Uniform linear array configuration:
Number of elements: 64
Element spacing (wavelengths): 0.25
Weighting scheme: exponential
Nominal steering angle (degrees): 0
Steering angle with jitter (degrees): -0.1039
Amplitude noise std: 0.05
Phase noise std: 0.05

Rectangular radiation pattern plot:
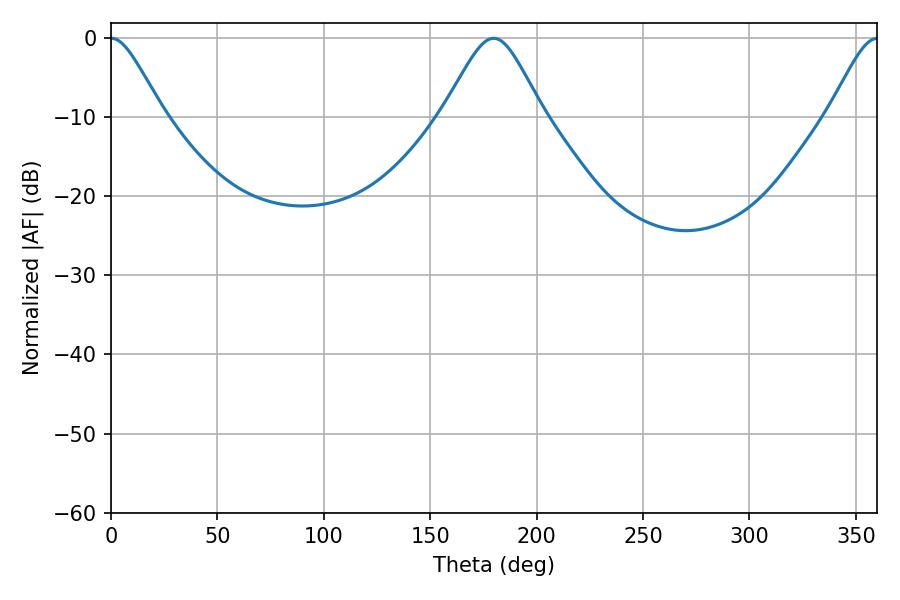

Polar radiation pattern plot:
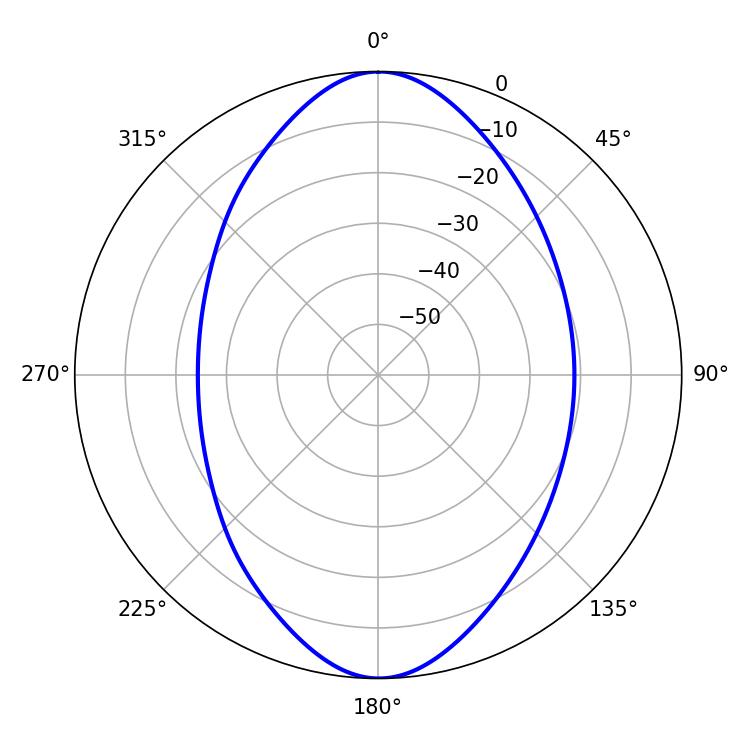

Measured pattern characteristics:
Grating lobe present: FALSE
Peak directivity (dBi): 20.982
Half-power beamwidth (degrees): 11.88
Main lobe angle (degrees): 0.18